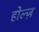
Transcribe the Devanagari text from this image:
होल्ज़